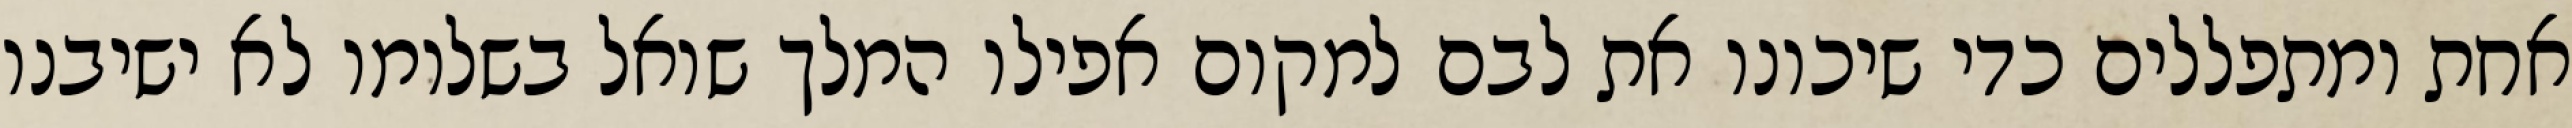
אחת ומתפללים כדי שיכונו את לבם למקום אפילו המלך שואל בשלומו לא ישיבנו